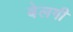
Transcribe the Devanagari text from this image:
बेलगी